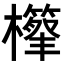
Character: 𣟣